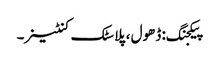
پیکجنگ: ڈھول ، پلاسٹک کنٹینر۔